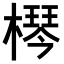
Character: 𣚶